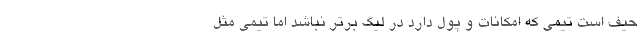
حیف است تیمی که امکانات و پول دارد در لیگ برتر نباشد اما تیمی مثل